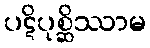
ပဋိပုစ္ဆိဿာမ